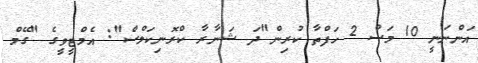
އަންނަނީ 10 މަސް 2 ހަފްތާ ކުރިން"ދަ ޝަނާރާ ކްރޮނިކަލްސް": އެމްޓީވީގެ "ގޭމް